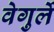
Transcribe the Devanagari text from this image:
वेगुर्ले